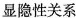
显隐性关系